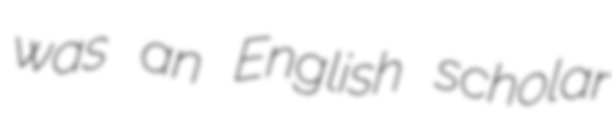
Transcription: was an English scholar